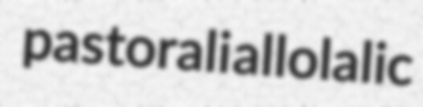
pastorali allolalic